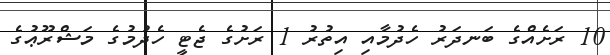
10 ރަށެއްގެ ބަނދަރު ހެދުމާއި އިތުރު 1 ރަށުގެ ޖެޓީ ހެދުމުގެ މަޝްރޫޢުގެ